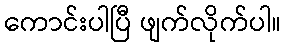
ကောင်းပါပြီ ဖျက်လိုက်ပါ။